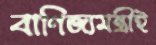
বাণিজ্যমন্ত্রীই